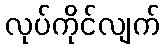
လုပ်ကိုင်လျက်